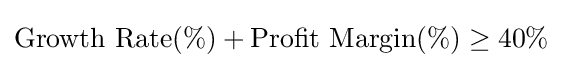
{\text{Growth Rate}}(\%)+{\text{Profit Margin}}(\%)\geq 40\%